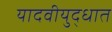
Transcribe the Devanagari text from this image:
यादवीयुद्धात